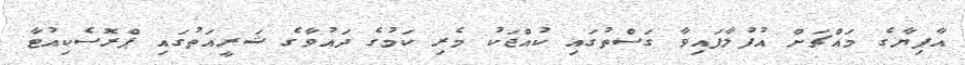
އާފިޔާގެ މައްޗަށް އުފުލާފައިވާ ގަސްތުގައި ކުއްޖަކު މެރި ކަމުގެ ދައުވާގެ ޝަރީއަތުގައި ޕްރޮސެކިއުޓާ